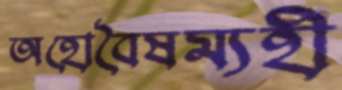
অহোবৈষম্যহী